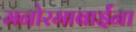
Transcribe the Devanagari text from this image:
मनोरमाबाईंना